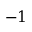
- 1